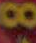
من